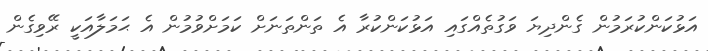
އަޅުކަންކުރަމުން ގެންދިޔަ ވަގުތެއްގައި އަޅުކަންކުރާ އެ ތަންތަނަށް ކަމަށްވުމުން އެ ޙަމަލާއަކީ ރޭވިގެން